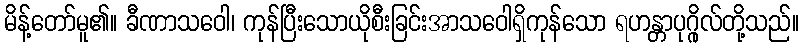
မိန့်တော်မူ၏။ ခီဏာသဝေါ၊ ကုန်ပြီးသောယိုစီးခြင်းအာသဝေါရှိကုန်သော ရဟန္တာပုဂ္ဂိုလ်တို့သည်။